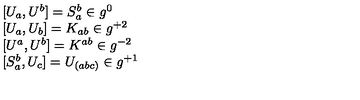
\begin{array} { l } { { [ } U _ { a } , U ^ { b } { ] } = S _ { a } ^ { b } \in g ^ { 0 } } \\ { { [ } U _ { a } , U _ { b } { ] } = K _ { a b } \in g ^ { + 2 } } \\ { { [ } U ^ { a } , U ^ { b } { ] } = K ^ { a b } \in g ^ { - 2 } } \\ { { [ } S _ { a } ^ { b } , U _ { c } { ] } = U _ { ( a b c ) } \in g ^ { + 1 } } \\ \end{array}